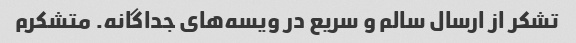
تشکر از ارسال سالم و سریع در ویسه‌های جداگانه. متشکرم